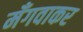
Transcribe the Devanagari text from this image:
मँगवाकर